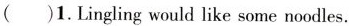
（ ）1.Lingling would like some noodles.